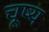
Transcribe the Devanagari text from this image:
चूष्य